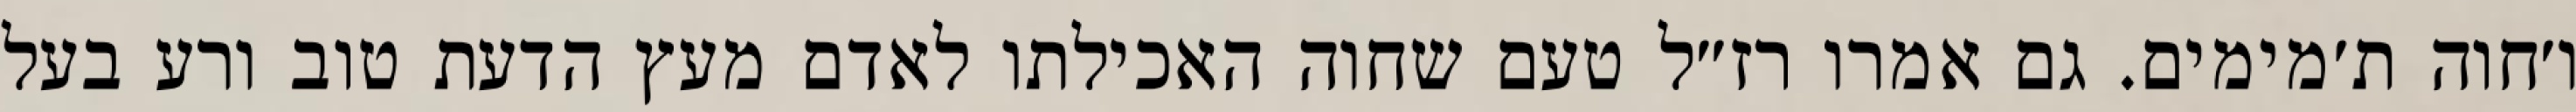
ו׳חוה ת׳מימים. גם אמרו רז״ל טעם שחוה האכילתו לאדם מעץ הדעת טוב ורע בעל